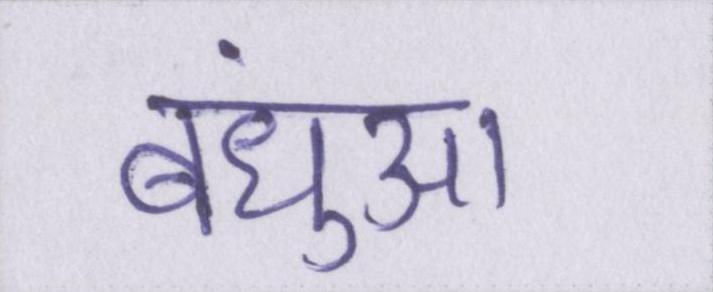
बंधुआ